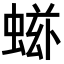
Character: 𧌷